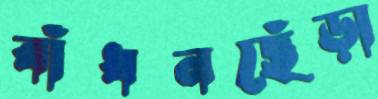
বাঁধনছেঁড়া